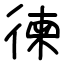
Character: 徚